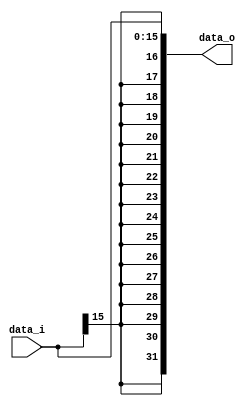
//Subject:     CO project 2 - Sign extend
//--------------------------------------------------------------------------------
//Version:     1
//--------------------------------------------------------------------------------
//Writer:      
//----------------------------------------------
//Date:        
//----------------------------------------------
//Description: 
//--------------------------------------------------------------------------------
`timescale 1ns/1ps
module Sign_Extend(
    data_i,
    data_o
    );
               
//I/O ports
input   [16-1:0] data_i;
output  [32-1:0] data_o;

//Internal Signals
//reg     [32-1:0] data_o;

//Sign extended
assign data_o = {{16{data_i[15]}}, data_i[15:0]};

endmodule